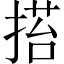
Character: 𢰥